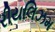
રીયલિઝમ